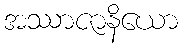
အဿာဇာနိယော